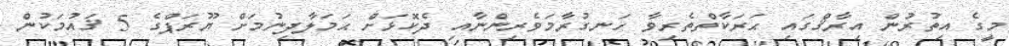
މީގެ އިތުރުން އިރާޤްގައި ޙަރަކާތްތެރިވާ ހަނގުރާމަވެރިންނާއި ދެކޮޅަށް ޙަމަލާދިނުމަށް ޔޫރަޕްގެ 5 ޤައުމަކުން